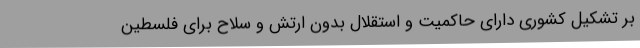
بر تشکیل کشوری دارای حاکمیت و استقلال بدون ارتش و سلاح برای فلسطین